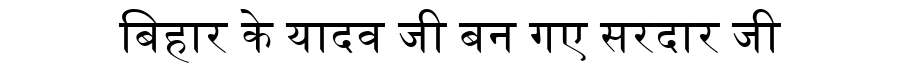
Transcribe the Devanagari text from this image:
बिहार के यादव जी बन गए सरदार जी